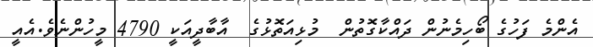
އެންމެ ފަހުގެ ބޯހިމެނުން ދައްކާގޮތުން  މުޅިއަތޮޅުގެ  އާބާދީއަކީ 4790 މީހުންނެވެ.އެއީ